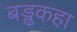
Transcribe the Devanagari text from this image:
बड्ढकहा